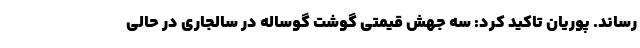
رساند. پوریان تاکید کرد: سه جهش قیمتی گوشت گوساله در سالجاری در حالی